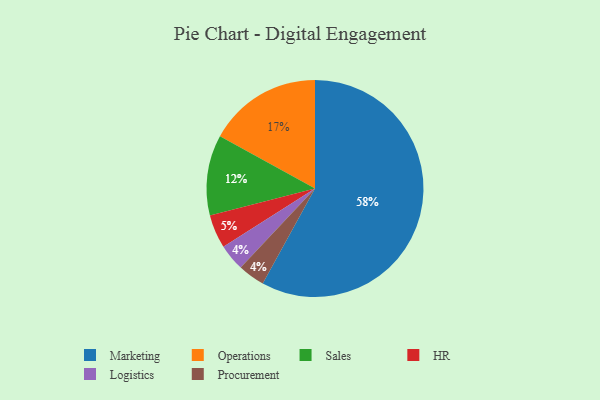
{"axis": {"x": "Category", "y": "Percentage"}, "legend": ["HR", "Logistics", "Marketing", "Operations", "Procurement", "Sales"], "data": [{"x": "Sales", "y": 12, "type": "Sales"}, {"x": "Logistics", "y": 4, "type": "Logistics"}, {"x": "Procurement", "y": 4, "type": "Procurement"}, {"x": "HR", "y": 5, "type": "HR"}, {"x": "Operations", "y": 17, "type": "Operations"}, {"x": "Marketing", "y": 58, "type": "Marketing"}]}